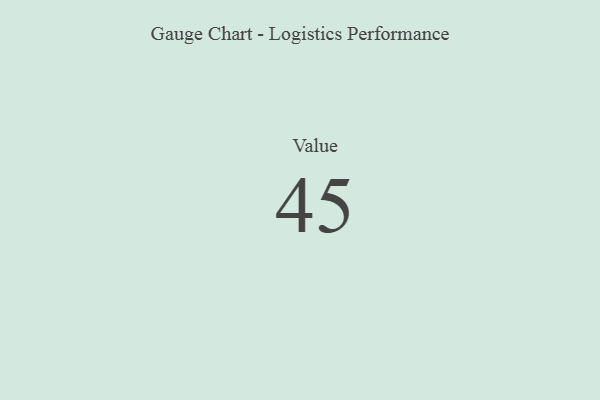
{"axis": {"x": "Metric", "y": "Value"}, "legend": [""], "data": [{"x": "Value", "y": 45, "type": ""}]}